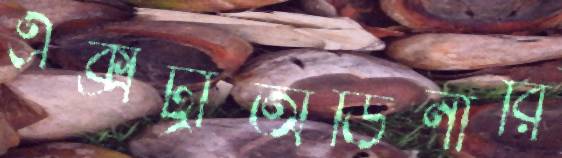
এক্সট্রাঅর্ডিনারি